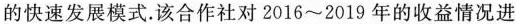
的快速发展模式.该合作社对2016~2019年的收益情况进